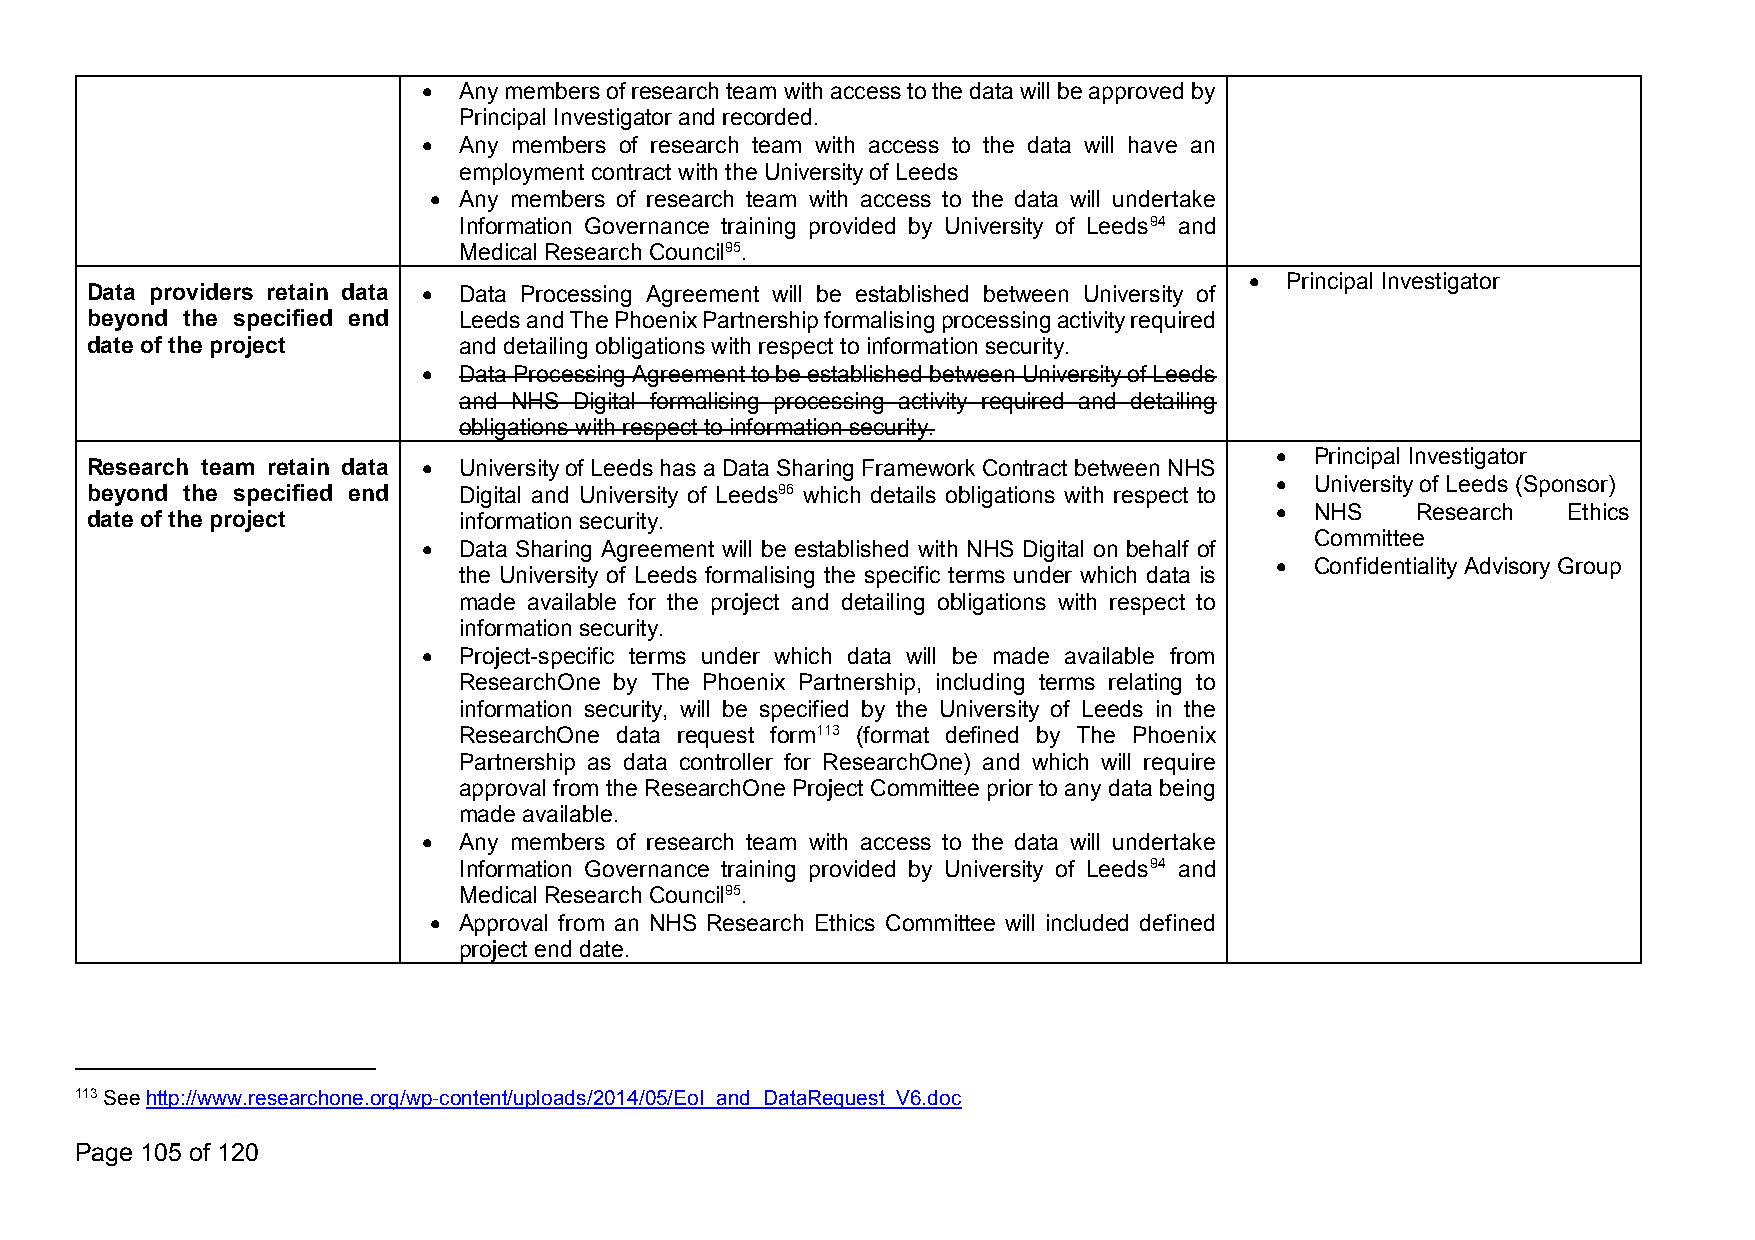
 Anymembersofresearchteamwithaccesstothedatawillbeapprovedby
 Principal Investigator and recorded.
  Any members of research team with access to the data will have an
 employment contract with theUniversityof Leeds
  Any members of research team with access to the data will undertake
 Information Governance training provided by University of Leeds94 and
 Medical Research Council95.
  Principal Investigator
 Data providers retain data  Data Processing Agreement will be established between University of
 beyond the specified end LeedsandThePhoenixPartnershipformalisingprocessingactivityrequired
 date of the project     and detailing obligationswith respect to information security.
  DataProcessingAgreementtobeestablishedbetweenUniversityof Leeds
 and NHS Digital formalising processing activity required and detailing
 obligations with respect to informationsecurity.
   Principal Investigator
 Research team retain data  Universityof LeedshasaDataSharing Framework Contract betweenNHS
   Universityof Leeds(Sponsor)
 beyond the specified end Digital and University of Leeds96 which details obligations with respect to
   NHS    Research  Ethics
 date of the project     information security.
 Committee
  Data Sharing Agreement will be established with NHS Digital on behalf of
   ConfidentialityAdvisoryGroup
 the University of Leeds formalising the specific terms under which data is
 made available for the project and detailing obligations with respect to
 information security.
  Project-specific terms under which data will be made available from
 ResearchOne by The Phoenix Partnership, including terms relating to
 information security, will be specified by the University of Leeds in the
 ResearchOne data request form113 (format defined by The Phoenix
 Partnership as data controller for ResearchOne) and which will require
 approval from the ResearchOne Project Committee prior to anydata being
 made available.
  Any members of research team with access to the data will undertake
 Information Governance training provided by University of Leeds94 and
 Medical Research Council95.
  Approval from an NHS Research Ethics Committee will included defined
 project enddate.
 113Seehttp://www.researchone.org/wp-content/uploads/2014/05/EoI_and_DataRequest_V6.doc
 Page 105 of 120